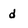
Character: d